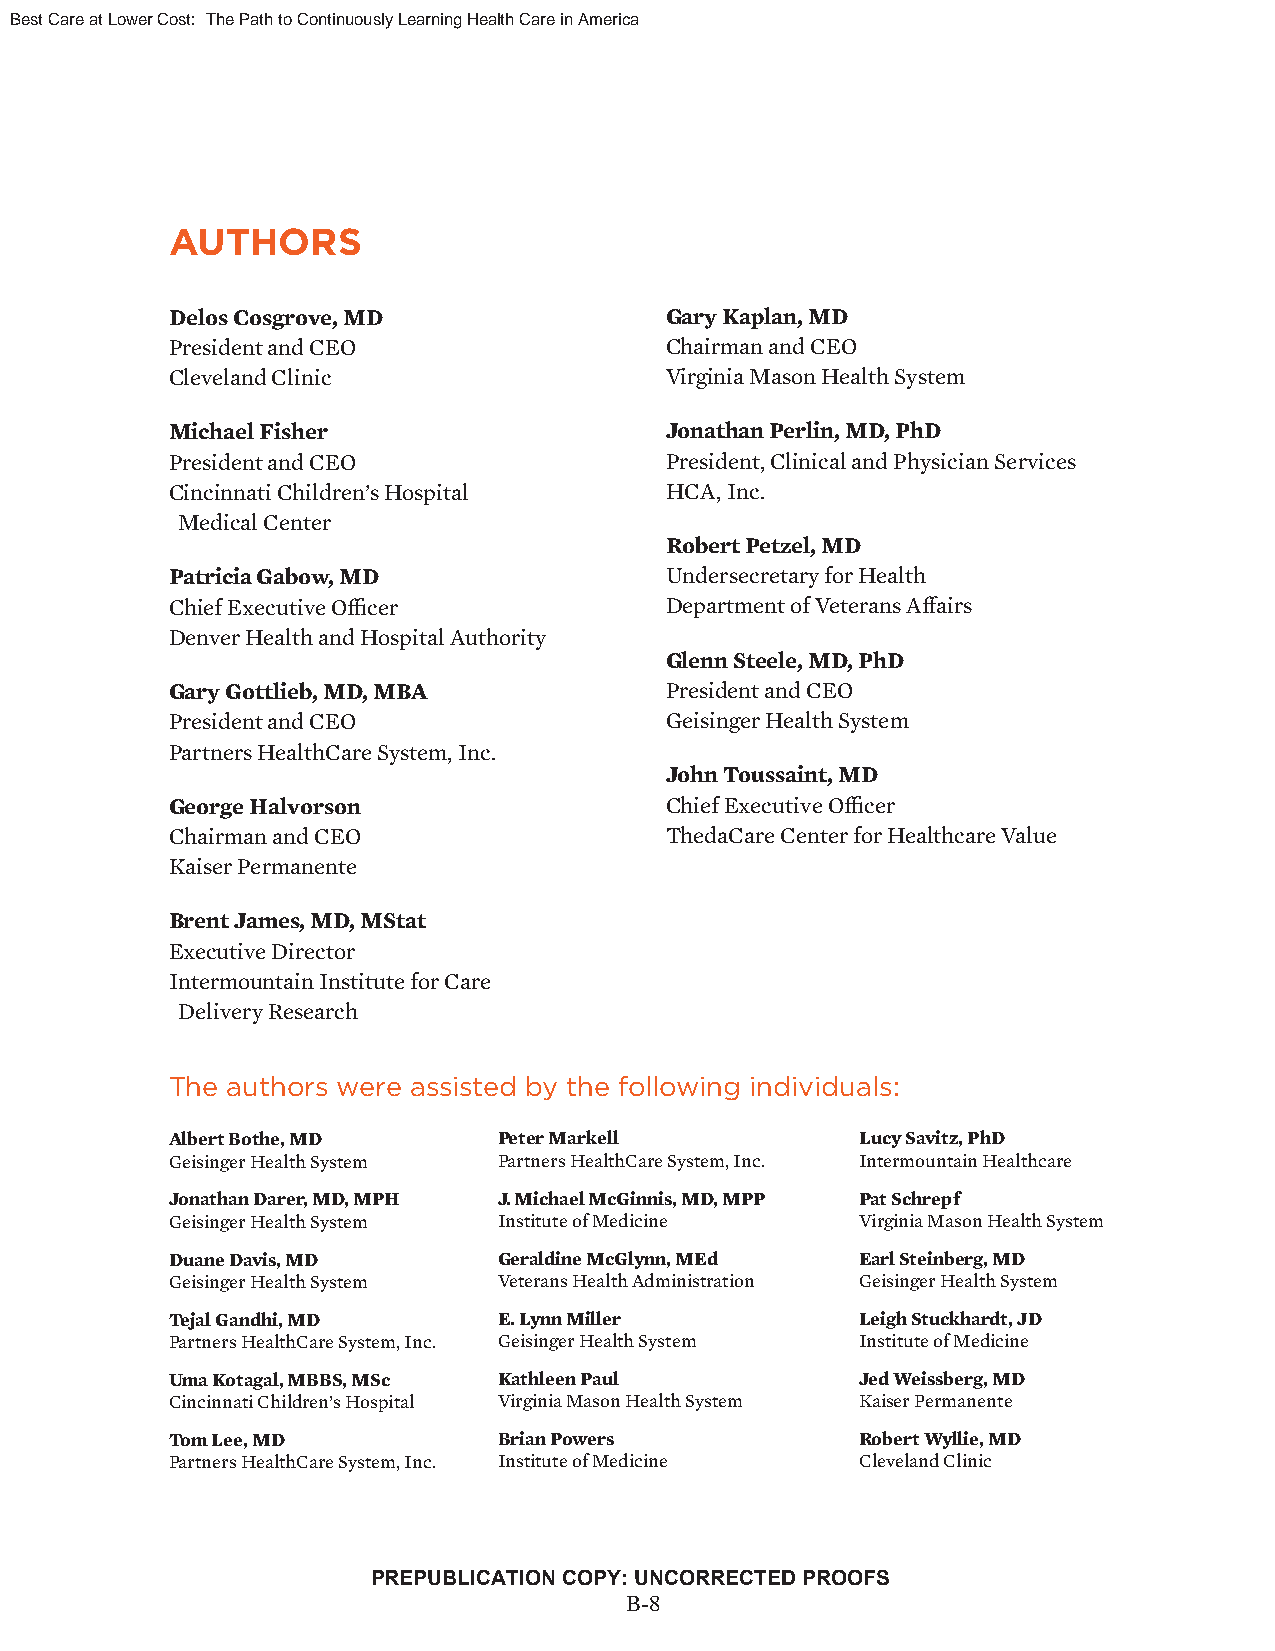
Best Care at Lower Cost: The Path to Continuously Learning Health Care in America
 AUTHORS
 Delos Cosgrove, MD               Gary Kaplan, MD
 President and CEO                Chairman and CEO
 Cleveland Clinic                 Virginia Mason Health System
 Michael Fisher                   Jonathan Perlin, MD, PhD
 President and CEO                President, Clinical and Physician Services
 Cincinnati Children’s Hospital   HCA, Inc.
 Medical Center
 Robert Petzel, MD
 Patricia Gabow, MD               Undersecretary for Health
 Chief Executive Offi cer         Department of Veterans Aff airs
 Denver Health and Hospital Authority
 Glenn Steele, MD, PhD
 Gary Gottlieb, MD, MBA           President and CEO
 President and CEO                Geisinger Health System
 Partners HealthCare System, Inc.
 John Toussaint, MD
 George Halvorson                 Chief Executive Offi cer
 Chairman and CEO                 ThedaCare Center for Healthcare Value
 Kaiser Permanente
 Brent James, MD, MStat
 Executive Director
 Intermountain Institute for Care
 Delivery Research
 The authors were assisted by the following individuals:
 Albert Bothe, MD      Peter Markell           Lucy Savitz, PhD
 Geisinger Health System Partners HealthCare System, Inc. Intermountain Healthcare
 Jonathan Darer, MD, MPH J. Michael McGinnis, MD, MPP Pat Schrepf
 Geisinger Health System Institute of Medicine Virginia Mason Health System
 Duane Davis, MD       Geraldine McGlynn, MEd  Earl Steinberg, MD
 Geisinger Health System Veterans Health Administration Geisinger Health System
 Tejal Gandhi, MD      E. Lynn Miller          Leigh Stuckhardt, JD
 Partners HealthCare System, Inc. Geisinger Health System Institute of Medicine
 Uma Kotagal, MBBS, MSc Kathleen Paul          Jed Weissberg, MD
 Cincinnati Children’s Hospital Virginia Mason Health System Kaiser Permanente
 Tom Lee, MD           Brian Powers            Robert Wyllie, MD
 Partners HealthCare System, Inc. Institute of Medicine Cleveland Clinic
 PREPUBLICATION COPY: UNCORRECTED PROOFS
 B2-8
 Copyright © National Academy of Sciences. All rights reserved.